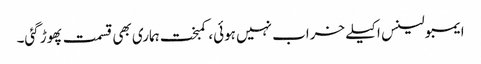
ایمبولینس اکیلے خراب نہیں ہوئی، کمبخت ہماری بھی قسمت پھوڑ گئی۔